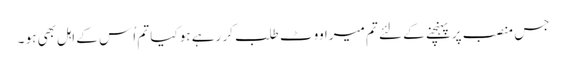
جس منصب پر پہنچنے کے لئے تم میرا ووٹ طلب کر رہے ہو کیا تم اُس کے اہل بھی ہو ۔